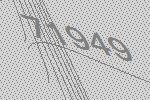
71949